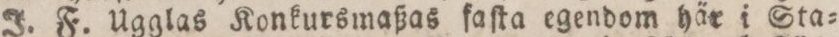
J. F. Ugglas Konkursmaßas faſta egendom här i Sta=